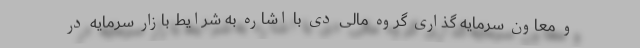
و معاون سرمایه گذاری گروه مالی دی با اشاره به شرايط بازار سرمايه در